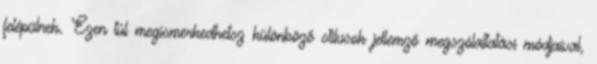
felépülnek. Ezen túl megismerkedhetsz különböző stílusok jellemző megszólaltatási módjaival,